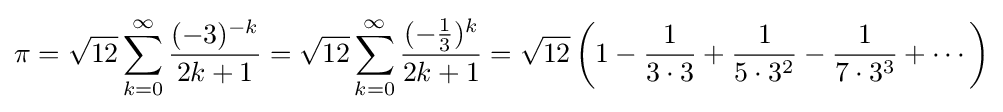
\pi ={\sqrt {12}}\sum _{k=0}^{\infty }{\frac {(-3)^{-k}}{2k+1}}={\sqrt {12}}\sum _{k=0}^{\infty }{\frac {(-{\frac {1}{3}})^{k}}{2k+1}}={\sqrt {12}}\left(1-{1 \over 3\cdot 3}+{1 \over 5\cdot 3^{2}}-{1 \over 7\cdot 3^{3}}+\cdots \right)